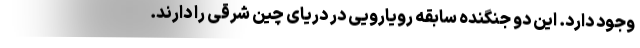
وجود دارد. این دو جنگنده سابقه رویارویی در دریای چین شرقی را دارند.